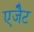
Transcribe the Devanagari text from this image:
एजैेट